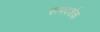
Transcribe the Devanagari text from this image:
रूपदर्शक